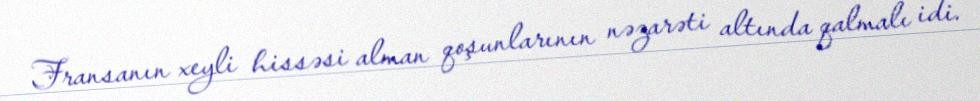
Fransanın xeyli hissəsi alman qoşunlarının nəzarəti altında qalmalı idi.